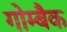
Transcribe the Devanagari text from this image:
गोम्बैक